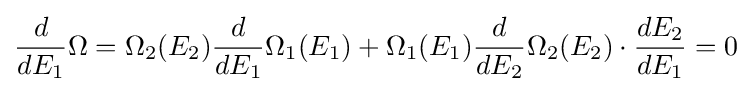
{\frac {d}{dE_{1}}}\Omega =\Omega _{2}(E_{2}){\frac {d}{dE_{1}}}\Omega _{1}(E_{1})+\Omega _{1}(E_{1}){\frac {d}{dE_{2}}}\Omega _{2}(E_{2})\cdot {\frac {dE_{2}}{dE_{1}}}=0